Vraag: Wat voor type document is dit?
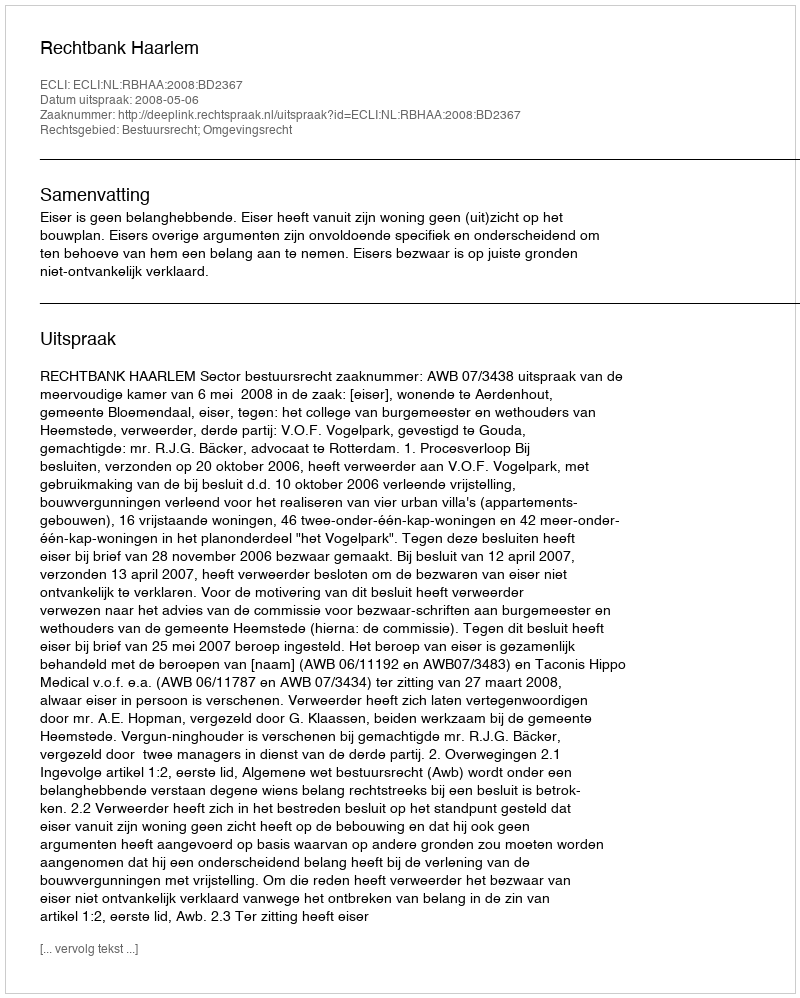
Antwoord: Uitspraak